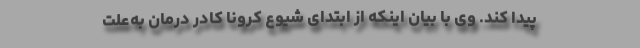
پیدا کند. وی با بیان اینکه از ابتدای شیوع کرونا کادر درمان به‌علت